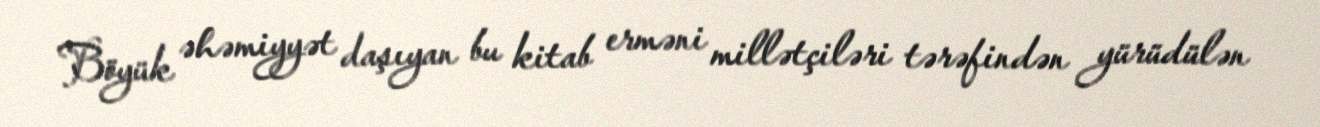
Böyük əhəmiyyət daşıyan bu kitab erməni millətçiləri tərəfindən yürüdülən